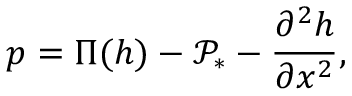
p = \Pi ( h ) - \mathcal { P } _ { * } - { \frac { \partial ^ { 2 } h } { \partial x ^ { 2 } } } ,